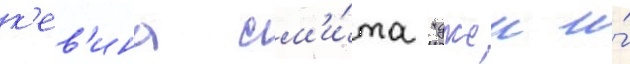
к'ев'ина см'и́та "джеи и́